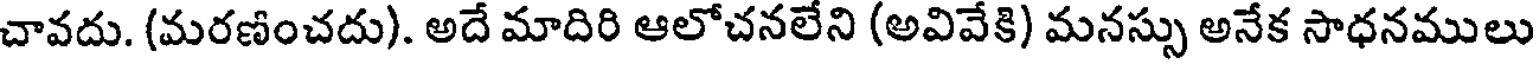
చావదు. (మరణించదు). అదే మాదిరి ఆలోచనలేని (అవివేకి) మనస్సు అనేక సాధనములు